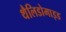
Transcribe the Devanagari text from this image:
थैलिडोमाइड